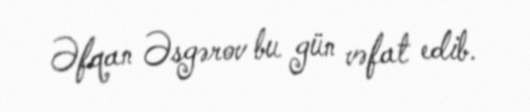
Əfqan Əsgərov bu gün vəfat edib.